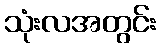
သုံးလအတွင်း